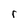
Character: r